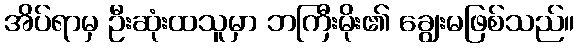
အိပ်ရာမှ ဦးဆုံးထသူမှာ ဘကြီးမိုး၏ ချွေးမဖြစ်သည်။